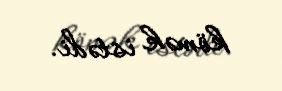
kömək istədi.